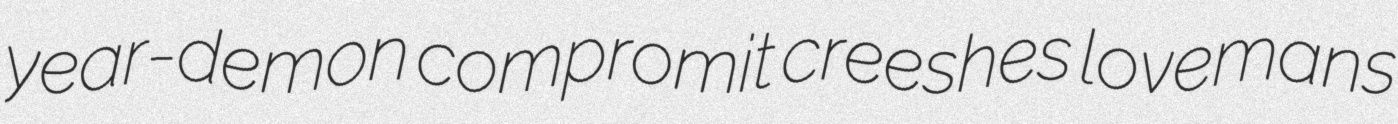
year-demon compromit creeshes lovemans